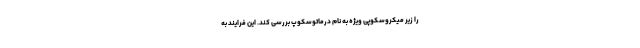
را زیر میکروسکوپی ویژه به نام درماتوسکوپ بررسی کند. این فرایند به